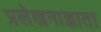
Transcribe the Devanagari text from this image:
प्रलेखनाज्ञाता